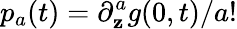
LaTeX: p_{a}(t)=\partial_{\mathbf{z}}^{a}g(0,t)/a!